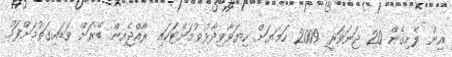
އިން ފެށިގެން 20 ޖަނަވަރީ 2009 ހަމަޔަށް ކިޔަވާވިދާޅުވުމަށްޓަކައި ރާއްޖެއިން ބޭރަށް ވަޑައިގަތުމަށްފަހު